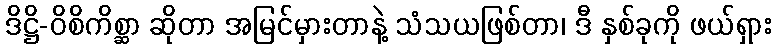
ဒိဋ္ဌိ-ဝိစိကိစ္ဆာ ဆိုတာ အမြင်မှားတာနဲ့ သံသယဖြစ်တာ၊ ဒီ နှစ်ခုကို ဖယ်ရှား